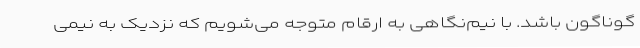
گوناگون باشد. با نیم‌نگاهی به ارقام متوجه می‌شویم که نزدیک به نیمی